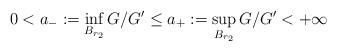
LaTeX: \begin{align*} 0< a_-:= \inf_{B_{r_2}} G/G' \leq a_+:=\sup_{B_{r_2}} G/G' <+\infty \end{align*}